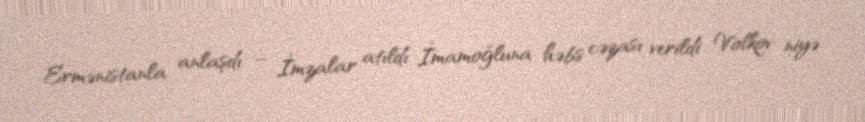
Ermənistanla anlaşdı – İmzalar atıldı İmamoğluna həbs cəzası verildi Volkov niyə